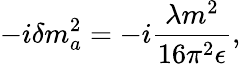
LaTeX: -i\delta m_{a}^{2}=-i\frac{\lambda m^{2}}{16\pi^{2}\epsilon},